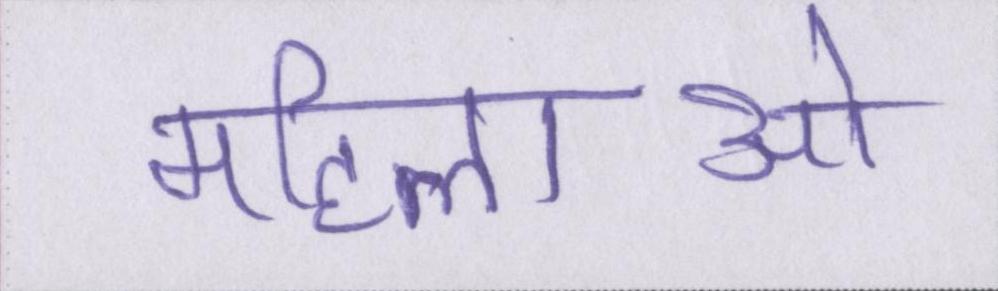
महिलाओ